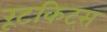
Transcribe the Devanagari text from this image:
रूटकिट्स